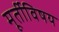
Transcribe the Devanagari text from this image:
मूर्तीविषय